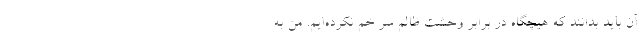
آن باید بدانند که هیچگاه در برابر وحشت ظالم سر خم نکرده‌ایم. من به